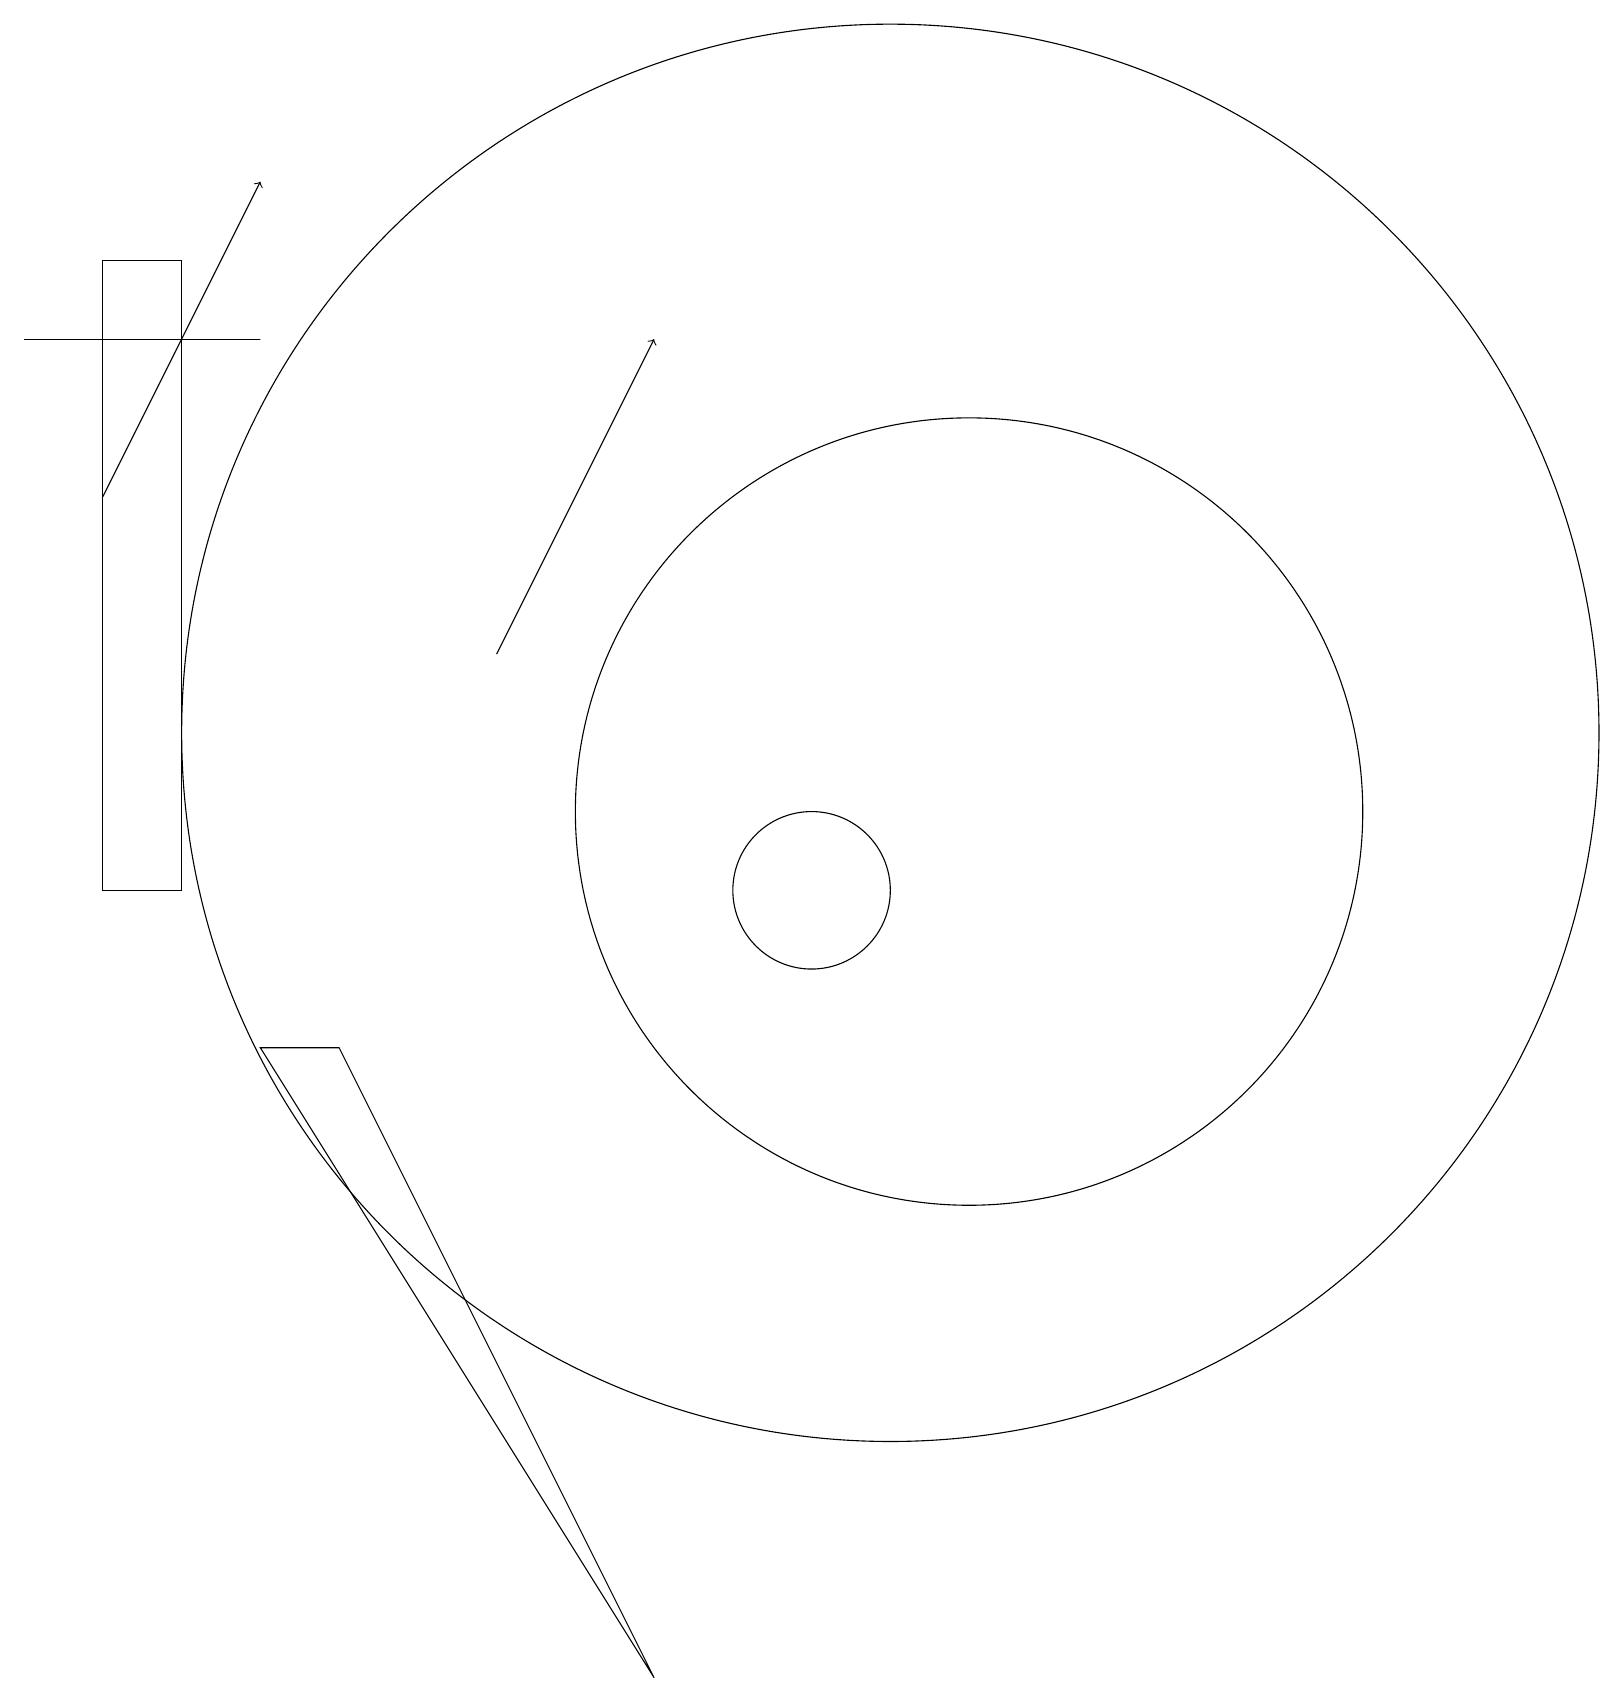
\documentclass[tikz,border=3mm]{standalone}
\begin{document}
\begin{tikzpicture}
\draw[->] (1,15) -- (3,19);
\draw (10,10) circle (1);
\draw (12,11) circle (5);
\draw (2,10) rectangle (1,18);
\draw (3,17) rectangle (0,17);
\draw (3,8) -- (8,0) -- (4,8) -- cycle;
\draw[->] (6,13) -- (8,17);
\draw (11,12) circle (9);
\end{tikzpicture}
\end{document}